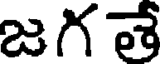
జగ తే